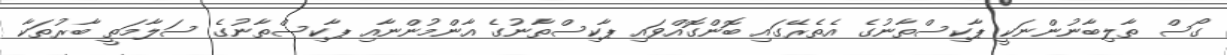
ގޯސް ތާލިބާނުންނަކީ ޕާކިސްތާނުގެ އެތެރޭގައި ބޮންގޮއްވައި ޕާކިސްތާނުގެ އާންމުންނާއި ޕާކިސްތާނުގެ ސަލާމަތީ ބާރުތަކާ